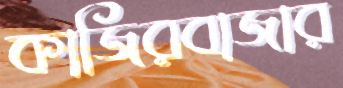
কাজিরবাজার